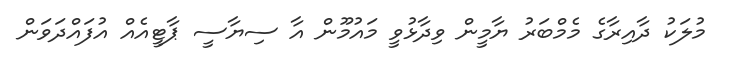
މުލަކު ދާއިރާގެ މެމްބަރު ޔާމީން ވިދާޅުވީ މައުމޫން އާ ސިޔާސީ ޕާޓީއެއް އުފައްދަވަން